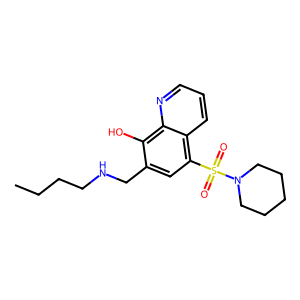
SMILES: CCCCNCc1cc(S(=O)(=O)N2CCCCC2)c2cccnc2c1O
Inhibits HIV replication: No